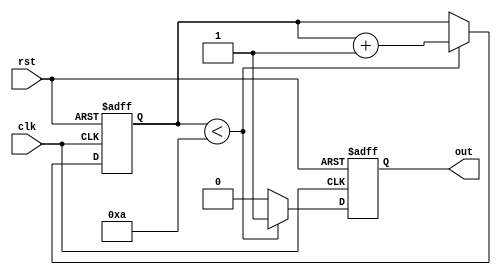
module loop_example(
    input clk,
    input rst,
    output reg out
);

reg [7:0] counter;

always @ (posedge clk or posedge rst) begin
    if (rst) begin
        counter <= 0;
        out <= 0;
    end else begin
        if (counter < 10) begin
            counter <= counter + 1;
            out <= 1;
        end else begin
            out <= 0;
        end
    end
end

endmodule